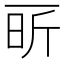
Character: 㪽